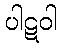
ပါဋဝါ